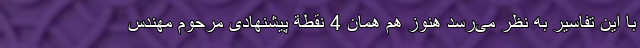
با این تفاسیر به نظر می‌رسد هنوز هم همان 4 نقطة پیشنهادی مرحوم مهندس